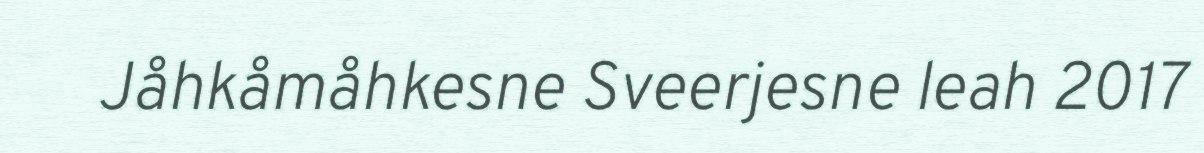
Jåhkåmåhkesne Sveerjesne leah 2017